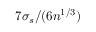
7 \sigma _ { s } / ( 6 n ^ { 1 / 3 } )